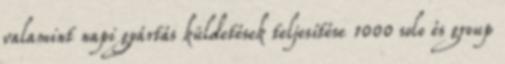
valamint napi gyártás küldetések teljesítése 1000 solo és group